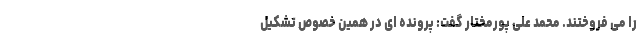
را می فروختند. محمد علی پورمختار گفت: پرونده ای در همین خصوص تشکیل